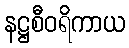
နဋ္ဌစီဝရိကာယ